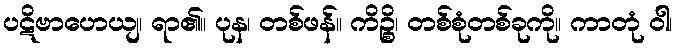
ပဋိဗာဟေယျ၊ ရာ၏။ ပုန၊ တစ်ဖန်။ ကိဉ္စိ၊ တစ်စုံတစ်ခုကို။ ကာတုံ ဝါ၊